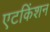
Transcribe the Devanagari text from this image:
एटकिंशन